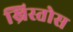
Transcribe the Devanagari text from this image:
ख्रिस्‍तोस